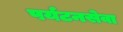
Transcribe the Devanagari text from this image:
पर्यटनसेवा